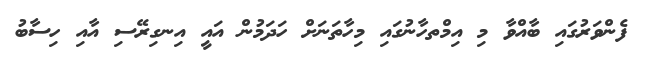
ފެންވަރުގައި ބާއްވާ މި އިމްތހާނުގައި މިހާތަނަށް ހަދަމުން އައީ އިނގިރޭސި އާއި ހިސާބު